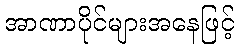
အာဏာပိုင်များအနေဖြင့်